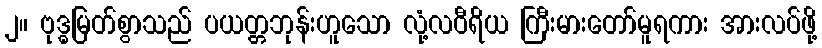
၂။ ဗုဒ္ဓမြတ်စွာသည် ပယတ္တဘုန်းဟူသော လုံ့လဝီရိယ ကြီးမားတော်မူရကား အားလပ်ဖို့